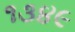
૧૩૪૯